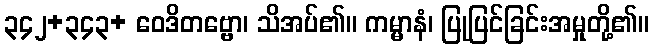
၃၄၂+၃၄၃+ ဝေဒိတဗ္ဗော၊ သိအပ်၏။ ကမ္မာနံ၊ ပြုပြင်ခြင်းအမှုတို့၏။